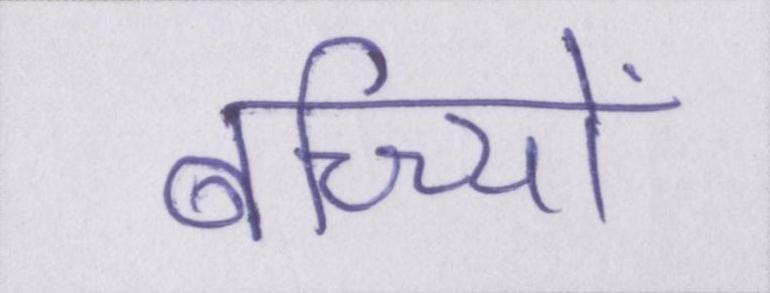
बच्च्यिों